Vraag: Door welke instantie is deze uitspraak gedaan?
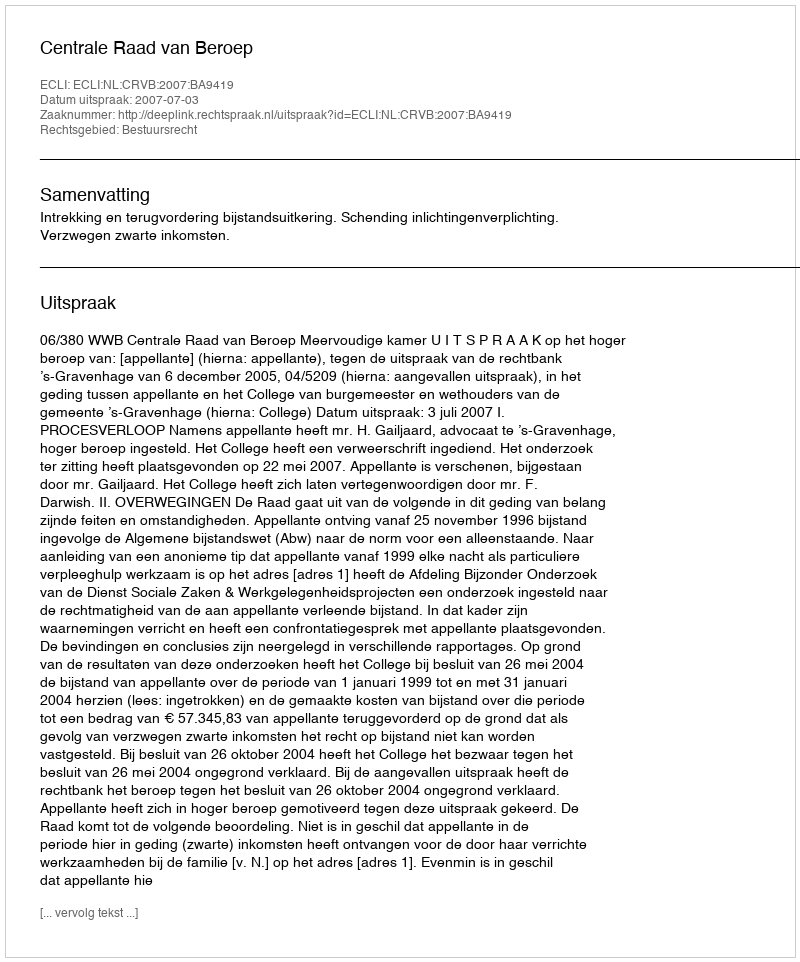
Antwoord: Centrale Raad van Beroep